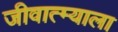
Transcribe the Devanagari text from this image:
जीवात्म्याला